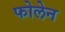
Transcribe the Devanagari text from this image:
फोलेन